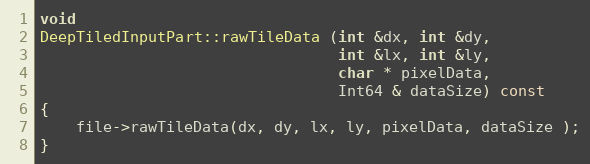
Language: C++
void
DeepTiledInputPart::rawTileData (int &dx, int &dy,
                                 int &lx, int &ly,
                                 char * pixelData,
                                 Int64 & dataSize) const
{
    file->rawTileData(dx, dy, lx, ly, pixelData, dataSize );
}